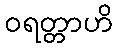
ဝရတ္တာဟိ